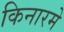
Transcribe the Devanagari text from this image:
किनारमे